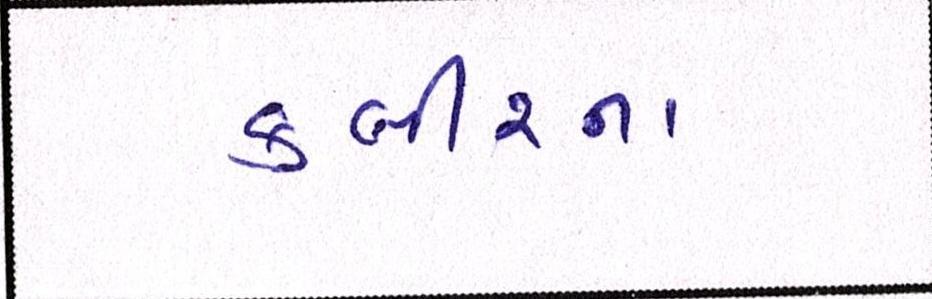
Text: કબીરના